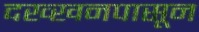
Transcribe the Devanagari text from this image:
दख्खनपासून